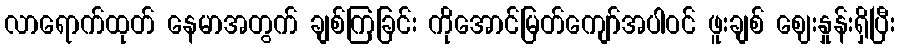
လာရောက်ထုတ် နေမာအတွက် ချစ်ကြခြင်း ကိုအောင်မြတ်ကျော်အပါဝင် ဖူးချစ် ဈေးနှုန်းရှိပြီး